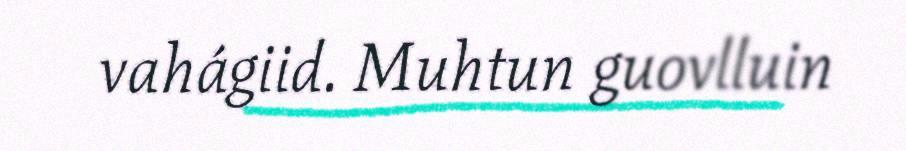
vahágiid. Muhtun guovlluin